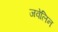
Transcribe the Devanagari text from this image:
जवेलिन